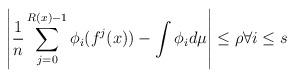
LaTeX: \begin{align*}\left|\frac 1n\sum_{j=0}^{R(x)-1}\phi_{i}(f^{j}(x))-\int\phi_{i}d\mu\right|\leq \rho \forall i\leq s\end{align*}